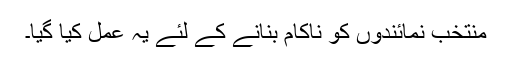
منتخب نمائندوں کو ناکام بنانے کے لئے یہ عمل کیا گیا۔